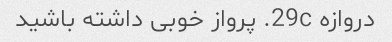
دروازه 29c. پرواز خوبی داشته باشید